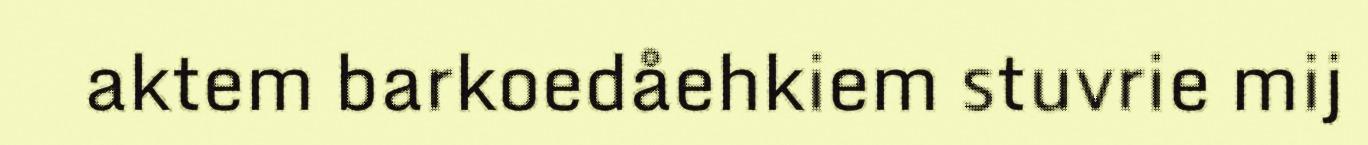
aktem barkoedåehkiem stuvrie mij